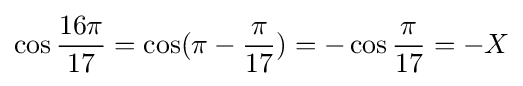
\cos {\frac {16\pi }{17}}=\cos({\pi -{\frac {\pi }{17}}})=-\cos {\frac {\pi }{17}}=-X